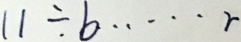
1 1 \div b \cdots r